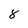
Character: 8